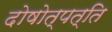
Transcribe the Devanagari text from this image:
दोषोत्पत्ति